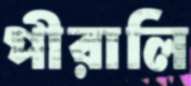
পীরালি